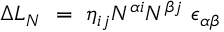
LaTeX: \Delta { \cal L } _ { N } ~ = ~ \eta _ { i j } N ^ { \alpha i } N ^ { \beta j } ~ \epsilon _ { \alpha \beta }